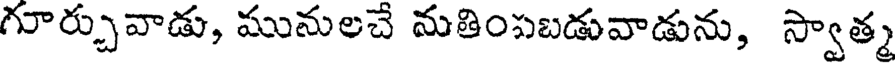
గూర్చువాడు, మునులచే మతింపబడువాడును, స్వాత్మ